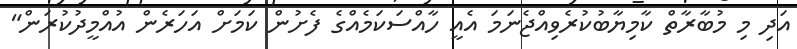
އަދި މި މުބާރާތް ކާމިޔާބުކުރެވިއްޖެނަމަ އެއީ ހާއްސަކަމެއްގެ ފެށުން ކަމަށް އަހަރެން އުއްމީދުކުރަން"